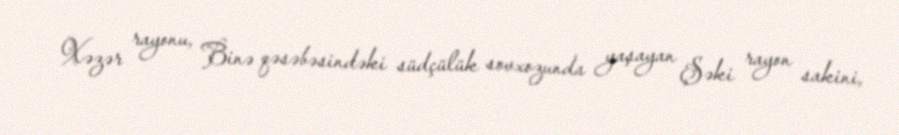
Xəzər rayonu, Binə qəsəbəsindəki südçülük sovxozunda yaşayan Şəki rayon sakini,